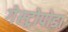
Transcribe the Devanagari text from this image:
गेस्ट्रोपोडा